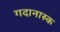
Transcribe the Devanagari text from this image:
गदानास्क